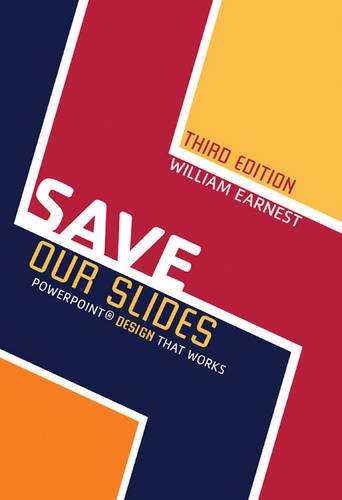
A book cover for Save Our Slides: PowerPoint Design That Works; EARNEST  BILLY; Computers & Technology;